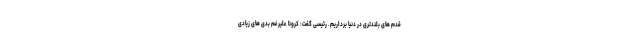
قدم های بلندتری در دنیا برداریم. رئیسی گفت: کرونا علیرغم بدی های زیادی